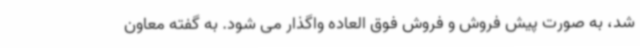
شد، به صورت پیش فروش و فروش فوق العاده واگذار می شود. به گفته معاون